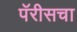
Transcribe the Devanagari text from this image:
पॅरीसचा